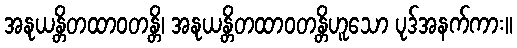
အနုယန္တိတထာဝတန္တိ၊ အနုယန္တိတထာဝတန္တိဟူသော ပုဒ်အနက်ကား။